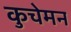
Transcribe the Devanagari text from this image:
कुचेमन